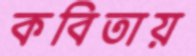
কবিতায়